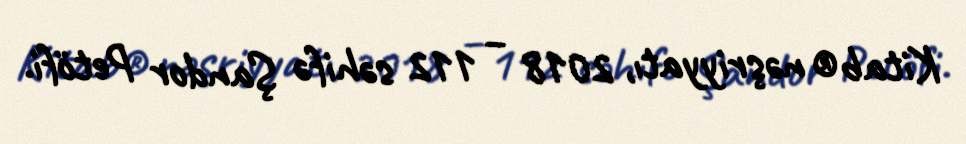
Kitab® nəşriyyatı, 2018 – 112 səhifə Şandor Petöfi.